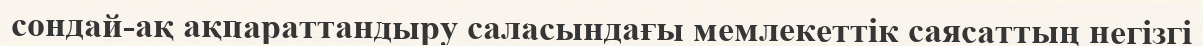
сондай-ақ ақпараттандыру саласындағы мемлекеттік саясаттың негізгі